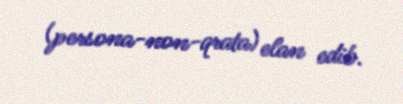
(persona-non-qrata) elan edib.